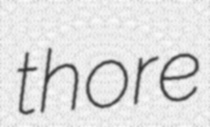
thore